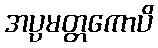
အပ္ပမတ္တကောပိ